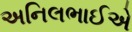
અનિલભાઈએ